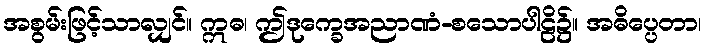
အစွမ်းဖြင့်သာလျှင်။ ဣဓ၊ ဤဒုက္ခေအညာဏံ-စသောပါဠိ၌။ အဓိပ္ပေတာ၊